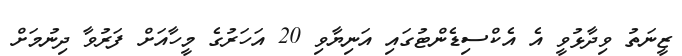
ޒީނަތު ވިދާޅުވީ އެ އެކްސިޑެންޓުގައި އަނިޔާވި 20 އަހަރުގެ މީހާއަށް ފަރުވާ ދިނުމަށް